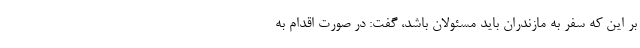
بر این که سفر به مازندران باید مسئولان باشد، گفت: در صورت اقدام به